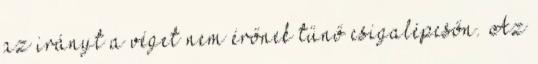
az irányt a véget nem érőnek tűnő csigalépcsőn. Az